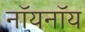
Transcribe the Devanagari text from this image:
नॉयनॉय